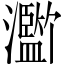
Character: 𪸄